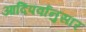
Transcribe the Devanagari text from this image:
आदिपर्वानुसार